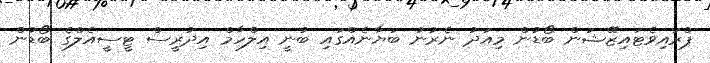
ޕްރައިވެޓައިޒޭޝަން ބޯޑުން މިއަދު ނެރުނު ބަޔާނެއްގައި ބުނީ އިލްހާމް އިދުރީސް ޓީސީއެލްގެ ބޯޑުން